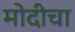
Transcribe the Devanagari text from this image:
मोदीचा